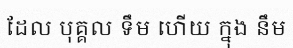
ដែល បុគ្គល ទឹម ហើយ ក្នុង នឹម